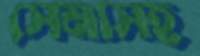
সেনাসহ